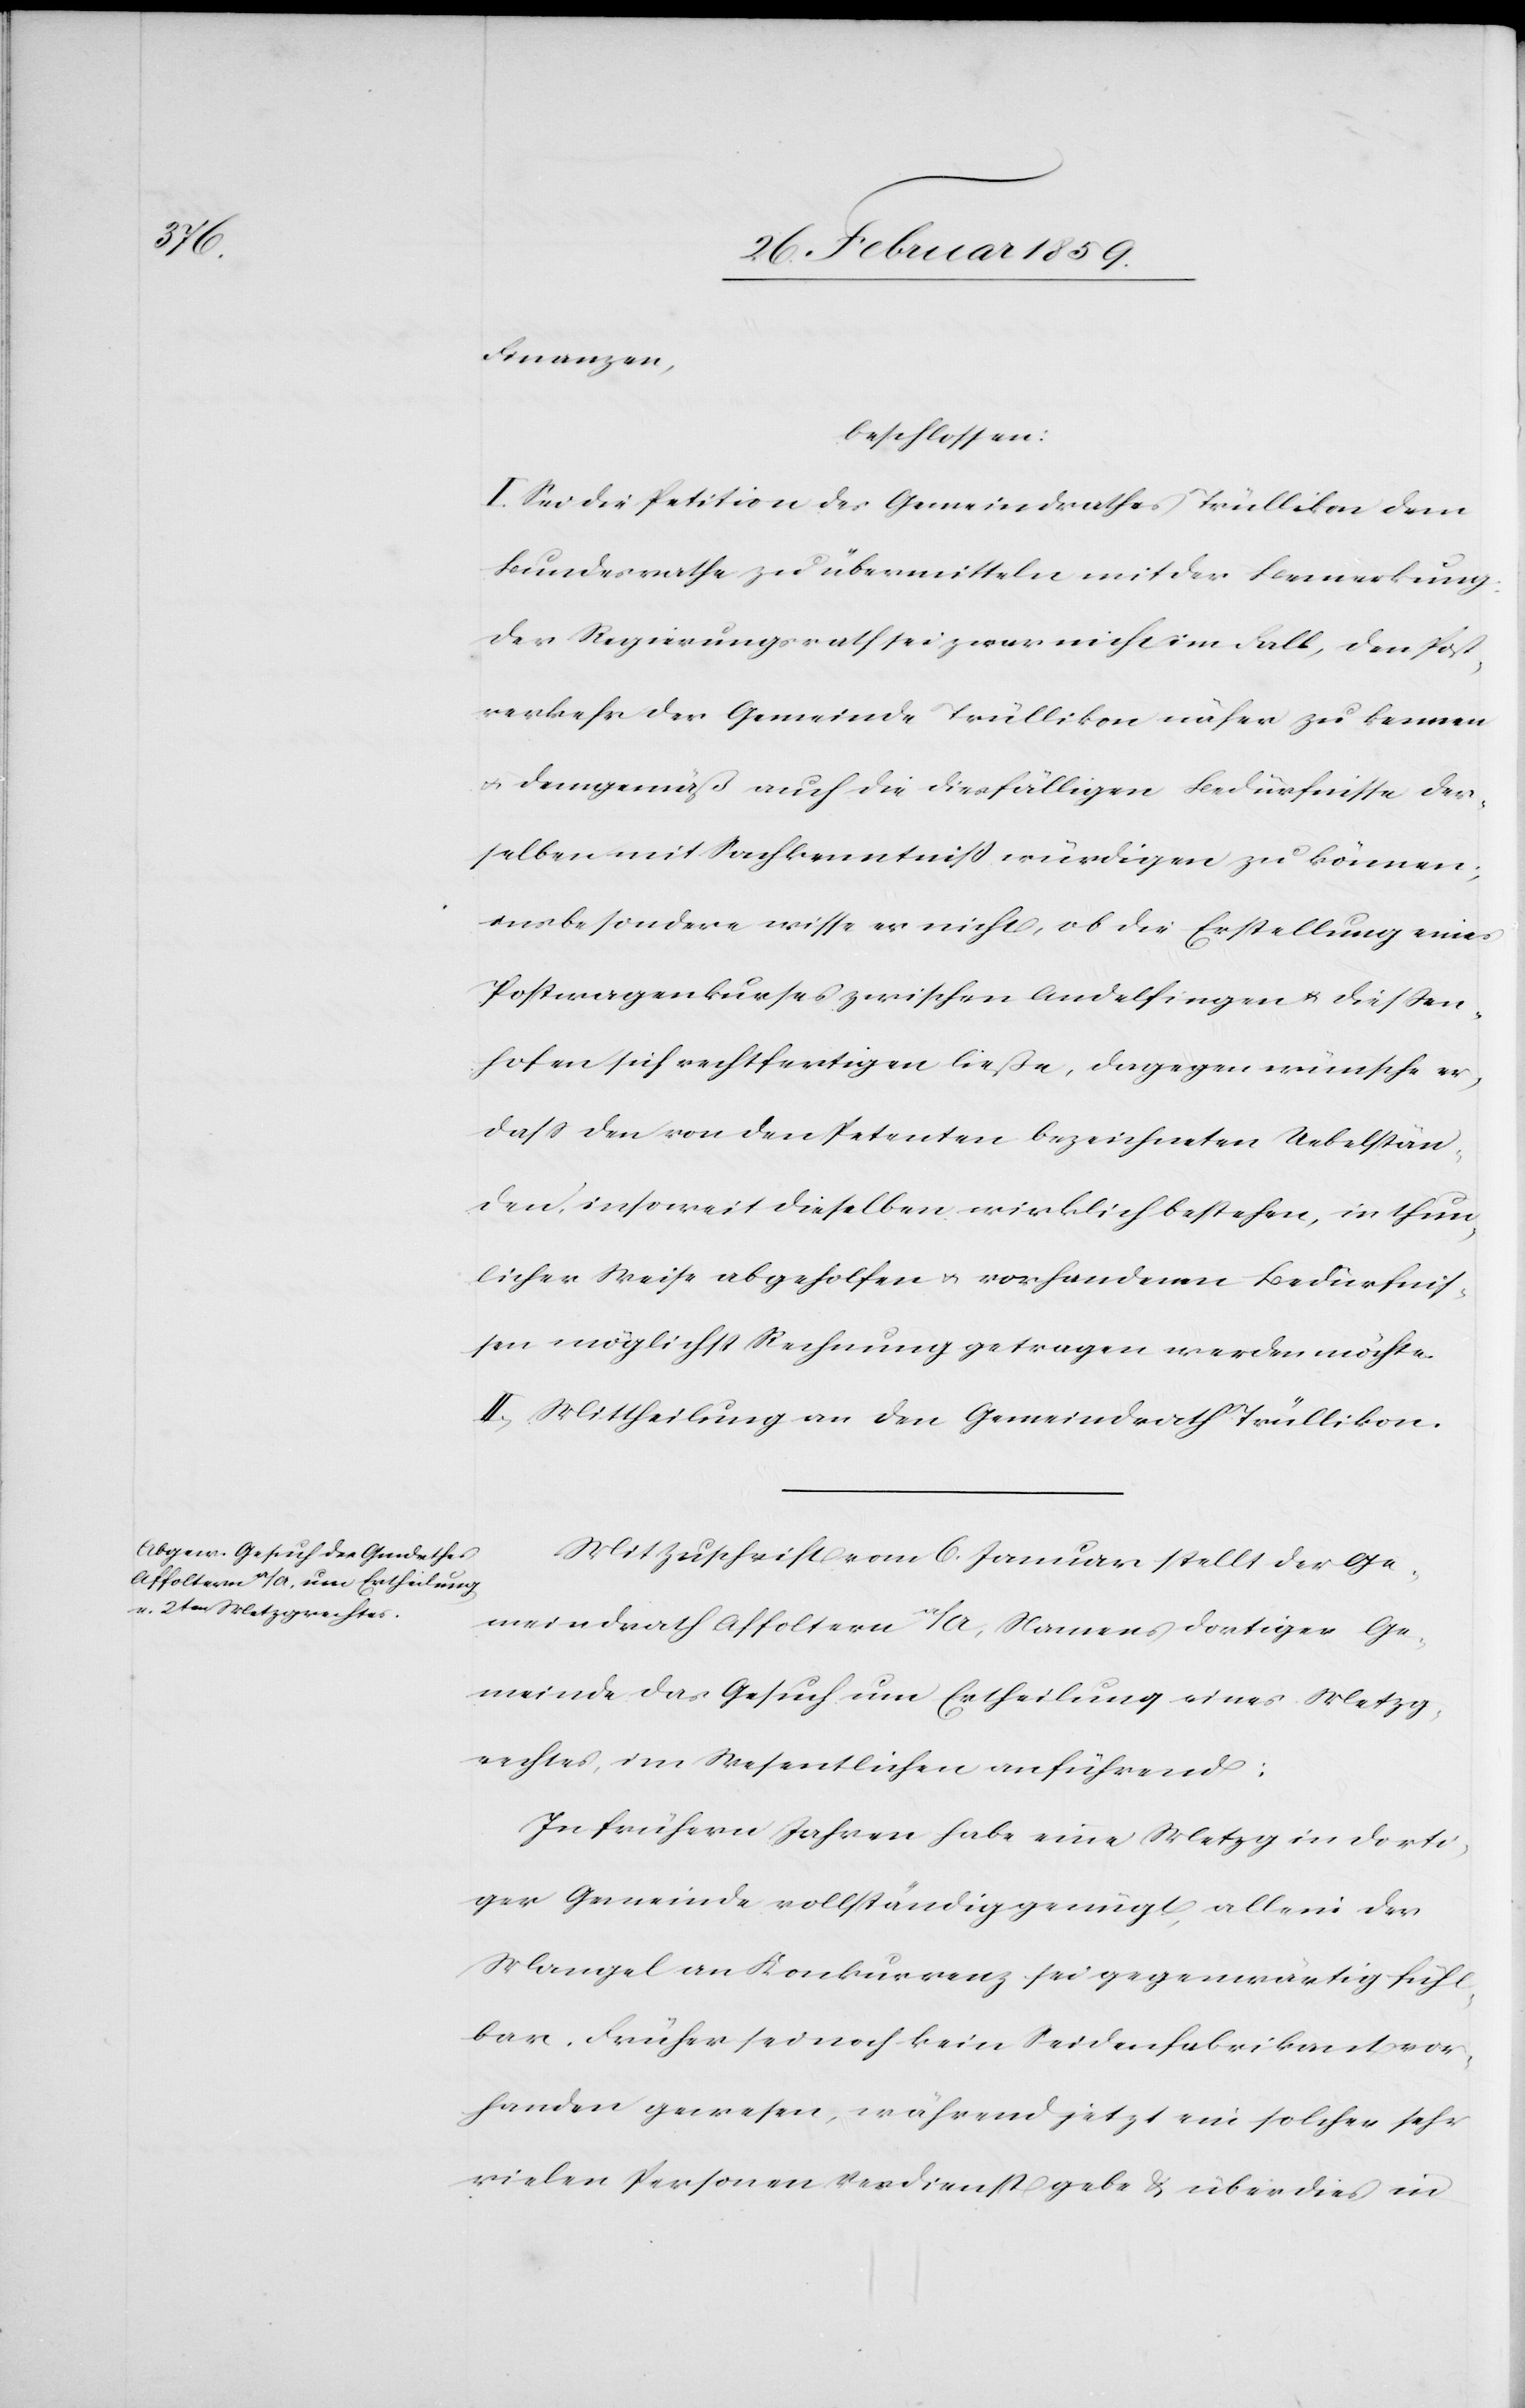
Finanzen,
beschlossen:
I. Sei die Petition des Gemeindrathes Trüllikon dem
Bundesrathe zu übermitteln mit der Bemerkung:
der Regierungsrath sei zwar nicht im Fall, den Post¬
verkehr der Gemeinde Trüllikon näher zu kennen
u. demgemäß auch die diesfälligen Bedürfnisse der¬
selben mit Sachkenntniß würdigen zu können;
insbesondere wisse er nicht, ob die Erstellung eines
Postwagenkurses zwischen Andelfingen u. Dießen¬
hofen sich rechtfertigen ließe, dagegen wünsche er,
daß den von den Petenten bezeichneten Uebelstän¬
den, insoweit dieselben wirklich bestehen, in thun¬
licher Weise abgeholfen u. vorhandenen Bedürfnis¬
sen möglichst Rechnung getragen werden möchte.
II. Mittheilung an den Gemeindrath Trüllikon.
Mit Zuschrift vom 6. Januar stellt der Ge¬
meindrath Affoltern a/A, Namens dortiger Ge¬
meinde das Gesuch um Ertheilung eines Metzg¬
rechtes, im Wesentlichen anführend:
In frühern Jahren habe eine Metzg in dorti¬
ger Gemeinde vollständig genügt, allein der
Mangel an Konkurrenz sei gegenwärtig fühl¬
bar. Früher sei noch kein Seidenfabrikant vor¬
handen gewesen, während jetzt ein solcher sehr
vielen Personen Verdienst gebe & über dies in